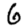
Digit: 6